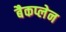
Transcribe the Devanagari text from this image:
बैकप्लेन